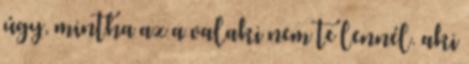
úgy, mintha az a valaki nem te lennél. aki